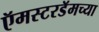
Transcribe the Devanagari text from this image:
ऍमस्टरडॅमच्या